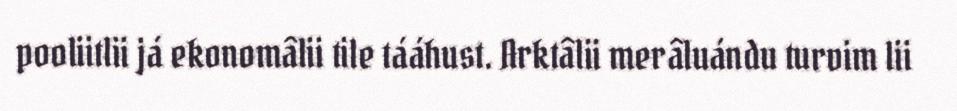
pooliitlii já ekonomâlii tile tááhust. Arktâlii merâluándu turvim lii